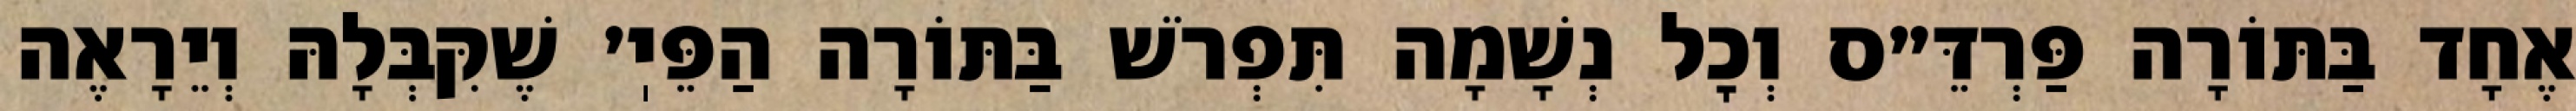
אֶחָד בַּתּוֹרָה פַּרְדֵּ״ס וְכׇל נְשָׁמָה תִּפְרֹשׁ בַּתּוֹרָה הַפֵּיֽ׳ שֶׁקִּבְּלָהּ וְיֵרָאֶה